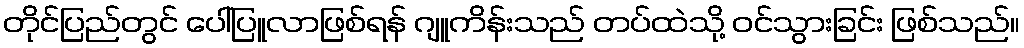
တိုင်ပြည်တွင် ပေါ်ပြူလာဖြစ်ရန် ဂျူကိန်းသည် တပ်ထဲသို့ ဝင်သွားခြင်း ဖြစ်သည်။